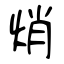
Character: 焇